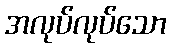
အလုပ်လုပ်သော